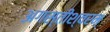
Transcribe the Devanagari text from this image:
अगस्तीश्वरम्